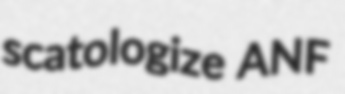
scatologize ANF